Annual report of the Punjab Veterinary College and of the Civil Veterinary Department, Punjab - 1909-1919
Year: 1909
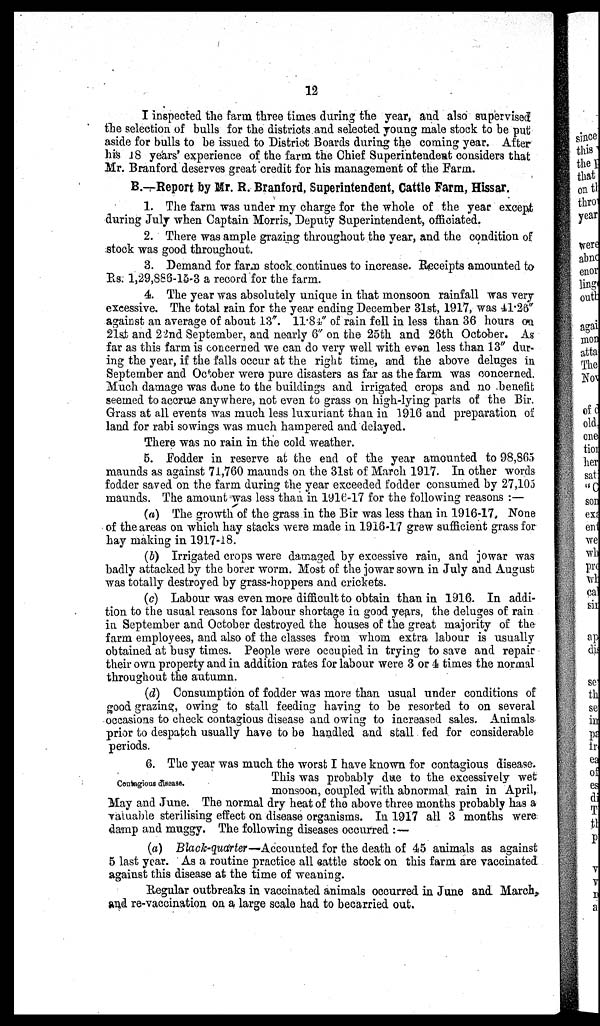
12
I inspected the farm three times during the year, and also supervised
the selection of bulls for the districts and selected young male stock to be put
aside for bulls to be issued to District Boards during the coming year. After
his 18 years' experience of the farm the Chief Superintendent considers that
Mr. Branford deserves great credit for his management of the Farm.
B.—Report by Mr. R. Branford, Superintendent, Cattle Farm, Hissar.
1. The farm was under my charge for the whole of the year except
during July when Captain Morris, Deputy Superintendent, officiated.
2. There was ample grazing throughout the year, and the condition of
stock was good throughout.
3. Demand for farm stock continues to increase. Receipts amounted to
Rs. 1,29,886-15-3 a record for the farm.
4. The year was absolutely unique in that monsoon rainfall was very
excessive. The total rain for the year ending December 31st, 1917, was 41.26"
against an average of about 13". 11.84" of rain fell in less than 36 hours on
21st and 22nd September, and nearly 6" on the 25th and 26th October. As
far as this farm is concerned we can do very well with even less than 13" dur-
ing the year, if the falls occur at the right time, and the above deluges in
September and October were pure disasters as far as the farm was concerned.
Much damage was done to the buildings and irrigated crops and no benefit
seemed to accrue anywhere, not even to grass on high-lying parts of the Bir.
Grass at all events was much less luxuriant than in 1916 and preparation of
land for rabi sowings was much hampered and delayed.
There was no rain in the cold weather.
5. Fodder in reserve at the end of the year amounted to 98,865
maunds as against 71,760 maunds on the 31st of March 1917. In other words
fodder saved on the farm during the year exceeded fodder consumed by 27,105
maunds. The amount was less than in 1916-17 for the following reasons :—
(a) The growth of the grass in the Bir was less than in 1916-17. None
of the areas on which hay stacks were made in 1916-17 grew sufficient grass for
hay making in 1917-18.
(b) Irrigated crops were damaged by excessive rain, and jowar was
badly attacked by the borer worm. Most of the jowar sown in July and August
was totally destroyed by grass-hoppers and crickets.
(c) Labour was even more difficult to obtain than in 1916. In addi-
tion to the usual reasons for labour shortage in good years, the deluges of rain
in September and October destroyed the houses of the great majority of the
farm employees, and also of the classes from whom extra labour is usually
obtained at busy times. People were occupied in trying to save and repair
their own property and in addition rates for labour were 3 or 4 times the normal
throughout the autumn.
(d) Consumption of fodder was more than usual under conditions of
good grazing, owing to stall feeding having to be resorted to on several
occasions to check contagious disease and owing to increased sales. Animals
prior to despatch usually have to be handled and stall fed for considerable
periods.
Contagious disease.
6. The year was much the worst I have known for contagious disease.
This was probably due to the excessively wet
monsoon, coupled with abnormal rain in April,
May and June. The normal dry heat of the above three months probably has a
valuable sterilising effect on disease organisms. In 1917 all 3 months were
damp and muggy. The following diseases occurred :—
(a) Black-quarter—Accounted for the death of 45 animals as against
5 last year. As a routine practice all cattle stock on this farm are vaccinated
against this disease at the time of weaning.
Regular outbreaks in vaccinated animals occurred in June and March,
and re-vaccination on a large scale had to becarried out.